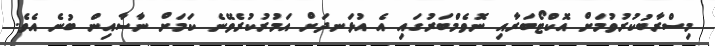
މިސްރާބުކުރުވުމަށް އޮކްޓޯބަރާއި ނޮވެމްބަރުގައި އެ އުޅަނދަށް އަމުރުކުރެވޭނެ ކަމަށް ނާސާއިން ބުނެ އެވެ.